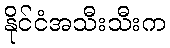
နိုင်ငံအသီးသီးက